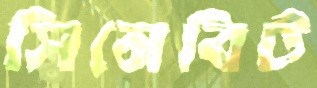
সিনেবিট